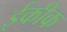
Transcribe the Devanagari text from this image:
ईकीक